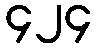
၄၂၄